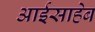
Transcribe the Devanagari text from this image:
आईसाहेब